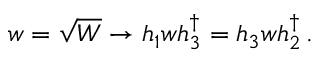
w = \sqrt { W } \to h _ { 1 } w h _ { 3 } ^ { \dagger } = h _ { 3 } w h _ { 2 } ^ { \dagger } \, .